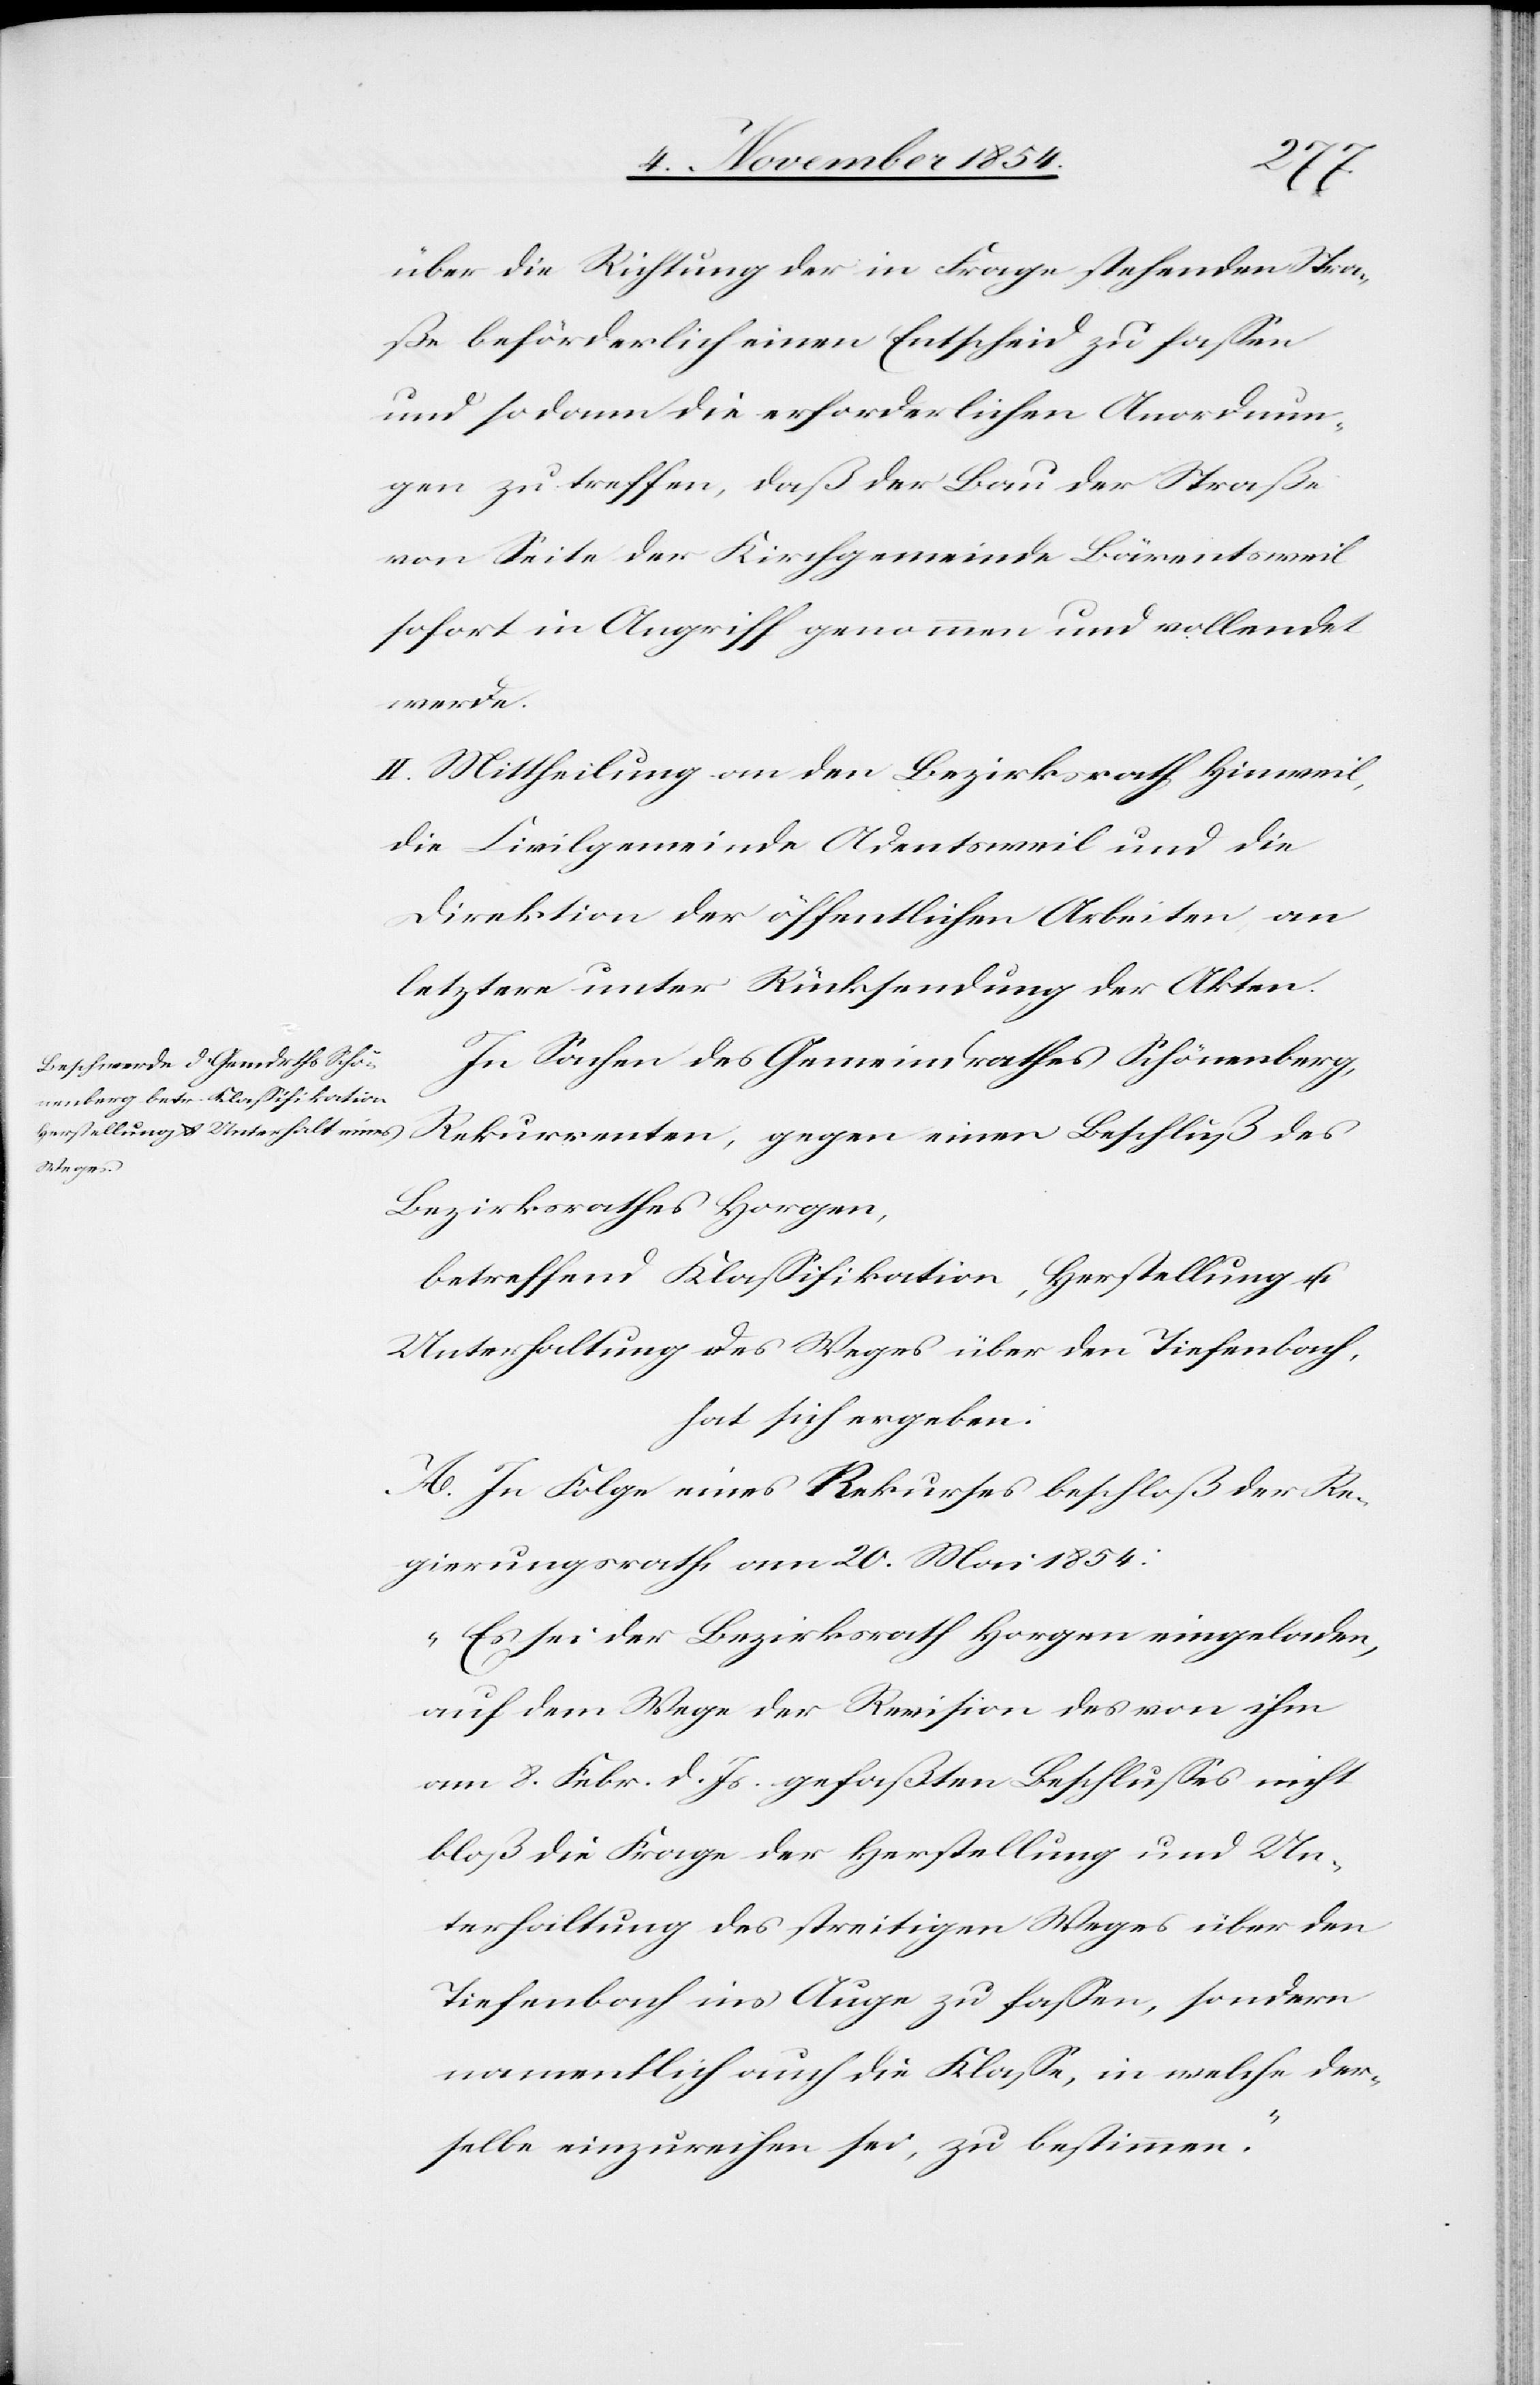
über die Richtung der in Frage stehenden Stra¬
ße beförderlich einen Entscheid zu faßen
und sodann die erforderlichen Anordnun¬
gen zu treffen, daß der Bau der Straße
von Seite der Kirchgemeinde Bärentsweil
sofort in Angriff genommen und vollendet
werde.
II. Mittheilung an den Bezirksrath Hinweil,
die Civilgemeinde Adentsweil und die
Direktion der öffentlichen Arbeiten an
letztere unter Rücksendung der Akten.
In Sachen des Gemeindrathes Schönenberg,
Rekurrenten, gegen einen Beschluß des
Bezirksrathes Horgen,
betreffend Klaßifikation, Herstellung u.
Unterhaltung des Weges über den Tiefenbach,
hat sich ergeben:
A. In Folge eines Rekurses beschloß der Re¬
gierungsrath am 20. Mai 1854:
„Es sei der Bezirksrath Horgen eingeladen,
auf dem Wege der Revision des von ihm
am 8. Febr. d. Js. gefaßten Beschlußes nicht
bloß die Frage der Herstellung und Un¬
terhaltung des streitigen Weges über den
Tiefenbach ins Auge zu faßen, sondern
namentlich auch die Klaße, in welche der¬
selbe einzureichen sei, zu bestimmen.“